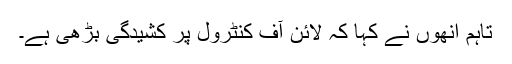
تاہم انھوں نے کہا کہ لائن آف کنٹرول پر کشیدگی بڑھی ہے۔